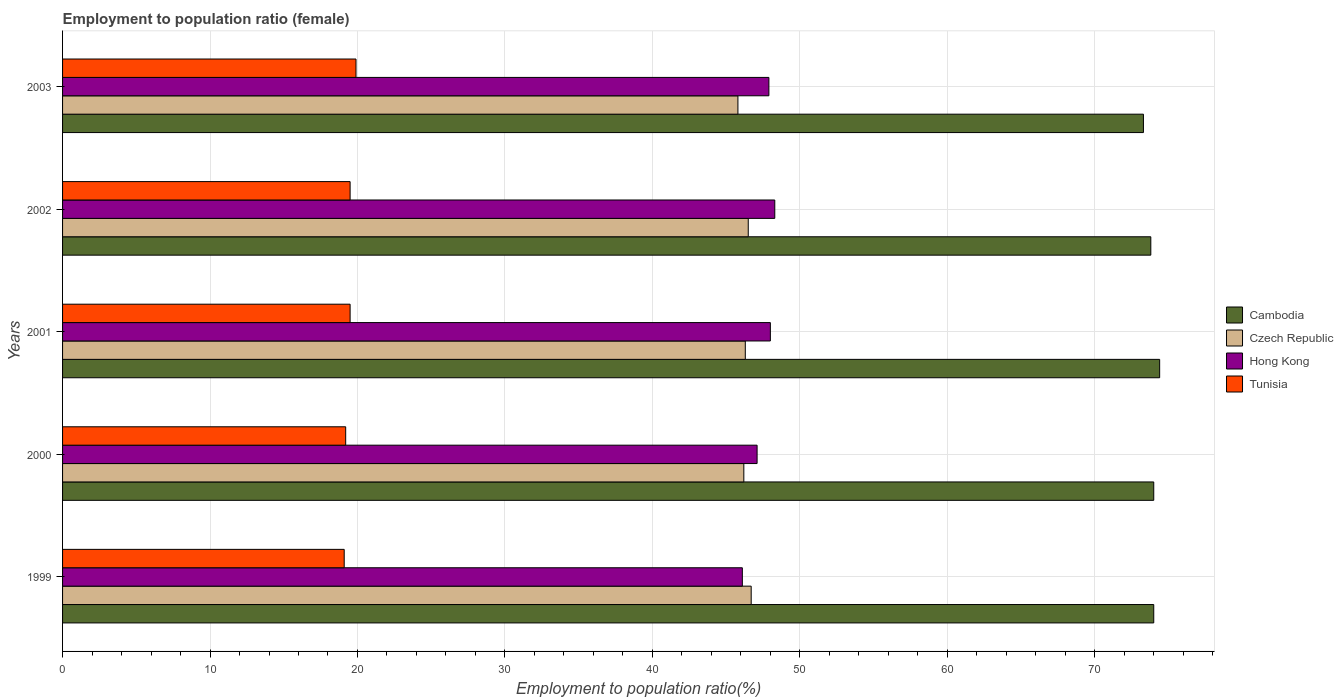
| Years | Cambodia | Czech Republic | Hong Kong | Tunisia |
 | --- | --- | --- | --- | --- |
 | 1999 | 74 | 46.7 | 46.1 | 19.1 |
 | 2000 | 74 | 46.2 | 47.1 | 19.2 |
 | 2001 | 74.4 | 46.3 | 48 | 19.5 |
 | 2002 | 73.8 | 46.5 | 48.3 | 19.5 |
 | 2003 | 73.3 | 45.8 | 47.9 | 19.9 |